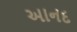
આનદ